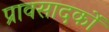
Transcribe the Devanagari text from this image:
प्रावसादकों